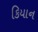
કિયાન